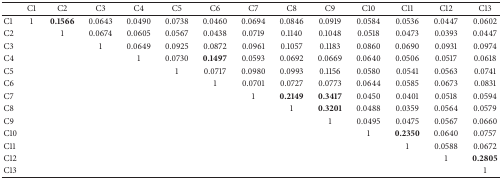
|  | C1 | C2 | C3 | C4 | C5 | C6 | C7 | C8 | C9 | C10 | C11 | C12 | C13 |
 | --- | --- | --- | --- | --- | --- | --- | --- | --- | --- | --- | --- | --- | --- |
 | C1 | 1 | 0.1566 | 0.0643 | 0.0490 | 0.0738 | 0.0460 | 0.0694 | 0.0846 | 0.0919 | 0.0584 | 0.0536 | 0.0447 | 0.0602 |
 | C2 |  | 1 | 0.0674 | 0.0605 | 0.0567 | 0.0438 | 0.0719 | 0.1140 | 0.1048 | 0.0518 | 0.0473 | 0.0393 | 0.0447 |
 | C3 |  |  | 1 | 0.0649 | 0.0925 | 0.0872 | 0.0961 | 0.1057 | 0.1183 | 0.0860 | 0.0690 | 0.0931 | 0.0974 |
 | C4 |  |  |  | 1 | 0.0730 | 0.1497 | 0.0593 | 0.0692 | 0.0669 | 0.0640 | 0.0506 | 0.0517 | 0.0618 |
 | C5 |  |  |  |  | 1 | 0.0717 | 0.0980 | 0.0993 | 0.1156 | 0.0580 | 0.0541 | 0.0563 | 0.0741 |
 | C6 |  |  |  |  |  | 1 | 0.0701 | 0.0727 | 0.0773 | 0.0644 | 0.0585 | 0.0673 | 0.0831 |
 | C7 |  |  |  |  |  |  | 1 | 0.2149 | 0.3417 | 0.0450 | 0.0401 | 0.0518 | 0.0594 |
 | C8 |  |  |  |  |  |  |  | 1 | 0.3201 | 0.0488 | 0.0359 | 0.0564 | 0.0579 |
 | C9 |  |  |  |  |  |  |  |  | 1 | 0.0495 | 0.0475 | 0.0567 | 0.0660 |
 | C10 |  |  |  |  |  |  |  |  |  | 1 | 0.2350 | 0.0640 | 0.0757 |
 | C11 |  |  |  |  |  |  |  |  |  |  | 1 | 0.0588 | 0.0672 |
 | C12 |  |  |  |  |  |  |  |  |  |  |  | 1 | 0.2805 |
 | C13 |  |  |  |  |  |  |  |  |  |  |  |  | 1 |